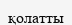
қолатты